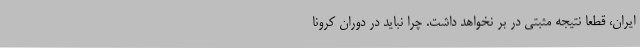
ایران، قطعا نتیجه مثبتی در بر نخواهد داشت. چرا نباید در دوران کرونا